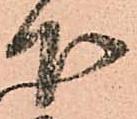
下